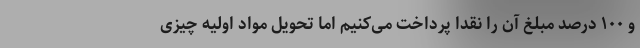
و ۱۰۰ درصد مبلغ آن را نقدا پرداخت می‌کنیم اما تحویل مواد اولیه چیزی